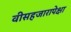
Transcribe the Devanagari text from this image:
वीसहजारापेक्षा